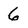
Character: 6